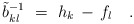
\begin{align*} \tilde{b}_{kl}^{-1}~=~h_k \, - \, f_l~~~.\end{align*}